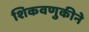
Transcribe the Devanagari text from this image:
शिकवणुकीने